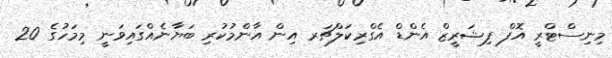
މިނިސްޓްރީ އޮފް ފިޝަރީޒް އެންޑް އެގްރިކަލްޗަރ އިން އާންމުކުރި ބަޔާނެއްގައިވަނީ މިމަހުގެ 20